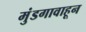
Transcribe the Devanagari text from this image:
मुंडगावाहून